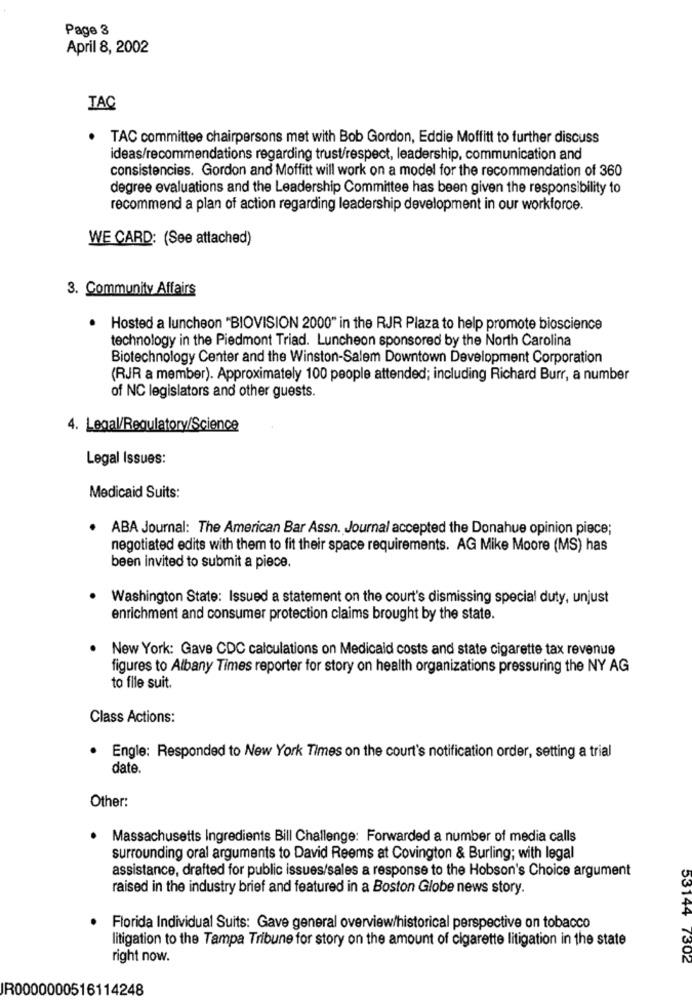
Page 3
April 8, 2002
TAC
.
TAC committee chairpersons met with Bob Gordon, Eddie Moffitt to further discuss
ideas/recommendations regarding trust/respect, leadership, communication and
consistencies. Gordon and Moffitt will work on a model for the recommendation of 360
degree evaluations and the Leadership Committee has been given the responsibility to
recommend a plan of action regarding leadership development in our workforce.
WE CARD: (See attached)
3. Community Affairs
· Hosted a luncheon "BIOVISION 2000" in the RJR Plaza to help promote bioscience
technology in the Piedmont Triad. Luncheon sponsored by the North Carolina
Biotechnology Center and the Winston-Salem Downtown Development Corporation
(RJR a member). Approximately 100 people attended; including Richard Burr, a number
of NC legislators and other guests.
4. Legal/Regulatory/Science
Legal Issues:
Medicaid Suits:
ABA Journal: The American Bar Assn. Journal accepted the Donahue opinion piece;
negotiated edits with them to fit their space requirements. AG Mike Moore (MS) has
been invited to submit a piece.
Washington State: Issued a statement on the court's dismissing special duty, unjust
enrichment and consumer protection claims brought by the state.
.
New York: Gave CDC calculations on Medicaid costs and state cigarette tax revenue
figures to Albany Times reporter for story on health organizations pressuring the NY AG
to file suit.
Class Actions:
· Engle: Responded to New York Times on the court's notification order, setting a trial
date.
Other:
· Massachusetts Ingredients Bill Challenge: Forwarded a number of media calls
surrounding oral arguments to David Reems at Covington & Burling; with legal
assistance, drafted for public issues/sales a response to the Hobson's Choice argument
raised in the industry brief and featured in a Boston Globe news story.
.
Florida Individual Suits: Gave general overview/historical perspective on tobacco
litigation to the Tampa Tribune for story on the amount of cigarette litigation in the state
right now.
53144 7302
IR0000000516114248